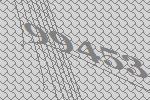
99453